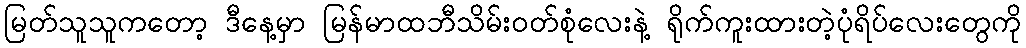
မြတ်သူသူကတော့ ဒီနေ့မှာ မြန်မာထဘီသိမ်းဝတ်စုံလေးနဲ့ ရိုက်ကူးထားတဲ့ပုံရိပ်လေးတွေကို